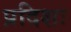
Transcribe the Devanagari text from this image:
प्रदिशः